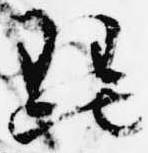
琵